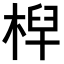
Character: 𣔈